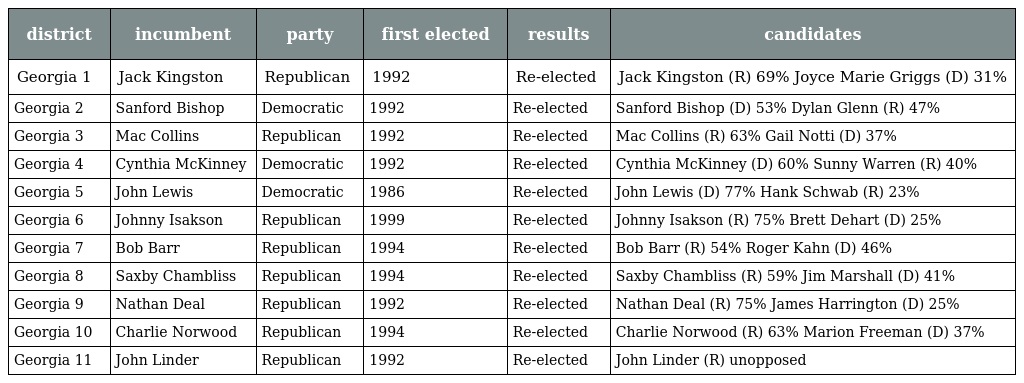
| district | incumbent | party | first elected | results | candidates |
 | --- | --- | --- | --- | --- | --- |
 | Georgia 1 | Jack Kingston | Republican | 1992 | Re-elected | Jack Kingston (R) 69% Joyce Marie Griggs (D) 31% |
 | Georgia 2 | Sanford Bishop | Democratic | 1992 | Re-elected | Sanford Bishop (D) 53% Dylan Glenn (R) 47% |
 | Georgia 3 | Mac Collins | Republican | 1992 | Re-elected | Mac Collins (R) 63% Gail Notti (D) 37% |
 | Georgia 4 | Cynthia McKinney | Democratic | 1992 | Re-elected | Cynthia McKinney (D) 60% Sunny Warren (R) 40% |
 | Georgia 5 | John Lewis | Democratic | 1986 | Re-elected | John Lewis (D) 77% Hank Schwab (R) 23% |
 | Georgia 6 | Johnny Isakson | Republican | 1999 | Re-elected | Johnny Isakson (R) 75% Brett Dehart (D) 25% |
 | Georgia 7 | Bob Barr | Republican | 1994 | Re-elected | Bob Barr (R) 54% Roger Kahn (D) 46% |
 | Georgia 8 | Saxby Chambliss | Republican | 1994 | Re-elected | Saxby Chambliss (R) 59% Jim Marshall (D) 41% |
 | Georgia 9 | Nathan Deal | Republican | 1992 | Re-elected | Nathan Deal (R) 75% James Harrington (D) 25% |
 | Georgia 10 | Charlie Norwood | Republican | 1994 | Re-elected | Charlie Norwood (R) 63% Marion Freeman (D) 37% |
 | Georgia 11 | John Linder | Republican | 1992 | Re-elected | John Linder (R) unopposed |